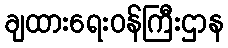
ချထားရေးဝန်ကြီးဌာန